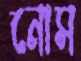
নোস